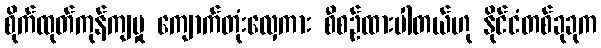
စိုက်ထုတ်ကုန်ကျမှု ကျောက်တုံးလှေကား စီစဉ်ထားပါတယ်ဟု နိုင်ငံတစ်ခုခုက